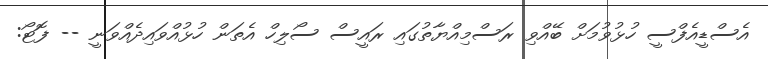
އެސްޑީއެފްސީ ހުޅުވުމަށް ބޭއްވި ރަސްމިއްޔާތުގައި ރައީސް ސޯލިހް އެތަން ހުޅުއްވައިދެއްވަނީ -- ފޮޓޯ: